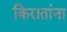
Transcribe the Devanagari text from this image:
किरातांना